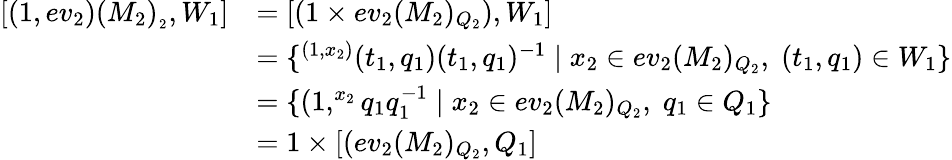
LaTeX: \begin{array}{rl}{[(1,ev_{2})(M_{2})_{_2},W_{1}]}&{=[(1\times ev_{2}(M_{2})_{Q_{2}}),W_{1}]}\\ &{=\{ ^{(1,x_{2})}(t_{1},q_{1})(t_{1},q_{1})^{-1}\mid x_{2}\in ev_{2}(M_{2})_{Q_{2}},\; (t_{1},q_{1})\in W_{1}\} }\\ &{=\{ (1,^{x_{2}}q_{1}q_{1}^{-1}\mid x_{2}\in ev_{2}(M_{2})_{Q_{2}},\; q_{1}\in Q_{1}\} }\\ &{=1\times[(ev_{2}(M_{2})_{Q_{2}},Q_{1}]}\end{array}